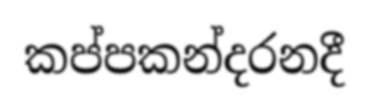
කප්පකන්දරනදී